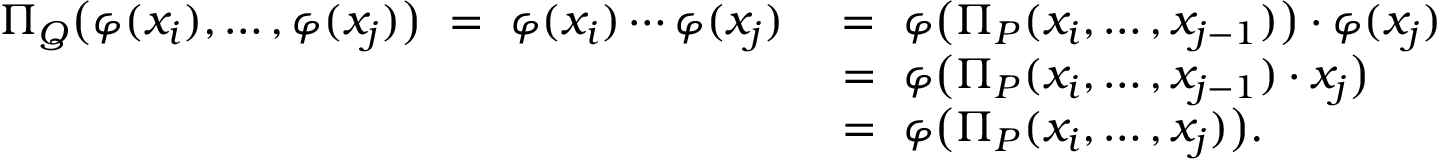
\begin{array} { r l } { \Pi _ { Q } \big ( \varphi ( x _ { i } ) , \dots , \varphi ( x _ { j } ) \big ) \ = \ \varphi ( x _ { i } ) \cdots \varphi ( x _ { j } ) \ } & { = \ \varphi \big ( \Pi _ { P } ( x _ { i } , \dots , x _ { j - 1 } ) \big ) \cdot \varphi ( x _ { j } ) } \\ & { = \ \varphi \big ( \Pi _ { P } ( x _ { i } , \dots , x _ { j - 1 } ) \cdot x _ { j } \big ) } \\ & { = \ \varphi \big ( \Pi _ { P } ( x _ { i } , \dots , x _ { j } ) \big ) . } \end{array}